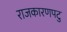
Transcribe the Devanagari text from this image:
राजकारणपटु